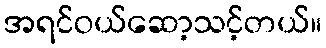
အရင်ဝယ်ဆော့သင့်တယ်။